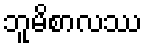
ဘူမိစာလဿ